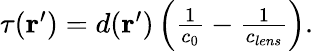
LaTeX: \begin{array}{r}{\tau(\textbf{r}^{\prime})=d(\textbf{r}^{\prime})\left(\frac{1}{c_{0}}-\frac{1}{c_{lens}}\right).}\end{array}